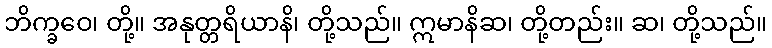
ဘိက္ခဝေ၊ တို့။ အနုတ္တရိယာနိ၊ တို့သည်။ ဣမာနိဆ၊ တို့တည်း။ ဆ၊ တို့သည်။